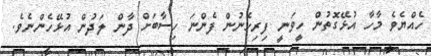
ހެއްޔެވެ މާހާ އުޅޭގޮތުން ހީވަނީ ފިރިހެނުން ފެންނަ ހިސާބަށް ދާން ލަދުން އުޅޭހެންނެވެ.